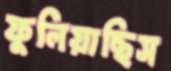
ফুলিয়াছিস